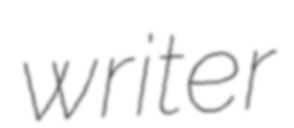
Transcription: writer